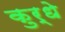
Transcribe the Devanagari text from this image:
कुर्धे